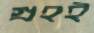
গ্রহই